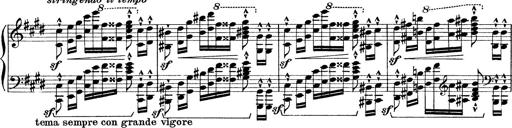
Title: Rapsodie: 19 ungheresi, 1 spagnuola
Composer: Franz Liszt